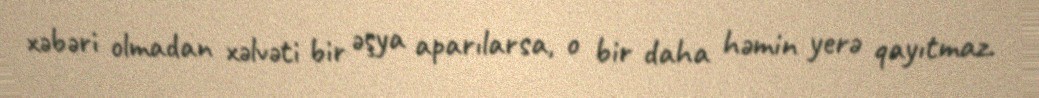
xəbəri olmadan xəlvəti bir əşya aparılarsa, o bir daha həmin yerə qayıtmaz.